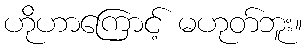
ဟိုဟာကြောင့် မဟုတ်ဘူး။